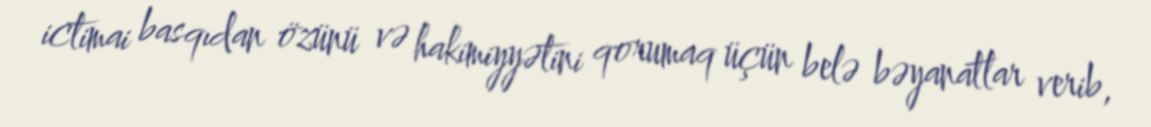
ictimai basqıdan özünü və hakimiyyətini qorumaq üçün belə bəyanatlar verib,